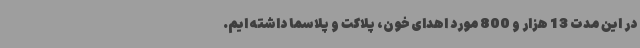
در این مدت 13 هزار و 800 مورد اهدای خون، پلاکت و پلاسما داشته ایم.